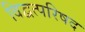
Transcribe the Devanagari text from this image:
विद्वत्परिषद